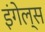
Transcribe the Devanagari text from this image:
इंगेल्स